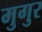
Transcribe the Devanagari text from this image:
मुगुर